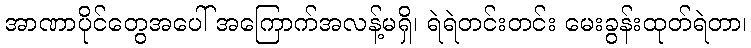
အာဏာပိုင်တွေအပေါ် အကြောက်အလန့်မရှိ၊ ရဲရဲတင်းတင်း မေးခွန်းထုတ်ရဲတာ၊